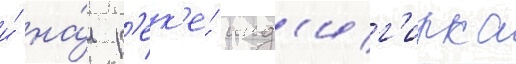
и́ на́ р'ек'е́ инд'иг'ирка